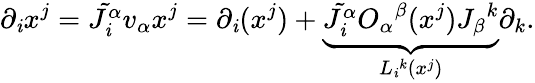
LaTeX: \partial_{\mathit{i}}x^{j}=\tilde{{J_{\mathit{i}}^{\alpha}}}v_{\alpha}x^{j}=\partial_{\mathit{i}}(x^{j})+\underbrace{{\tilde{{J_{\mathit{i}}^{\alpha}}}O_{\alpha}{}^{\beta}(x^{j})J_{\beta}{}^{k}}}_{L_{\mathit{i}}{}^{k}(x^{j})}\partial_{k}.